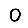
Digit: 0